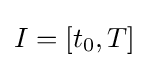
I=[t_{0},T]